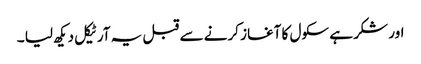
اور شکر ہے سکول کا آغاز کرنے سے قبل یہ آرٹیکل دیکھ لیا ۔